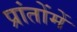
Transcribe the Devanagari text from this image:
प्रांतोंमें